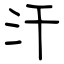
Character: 汗